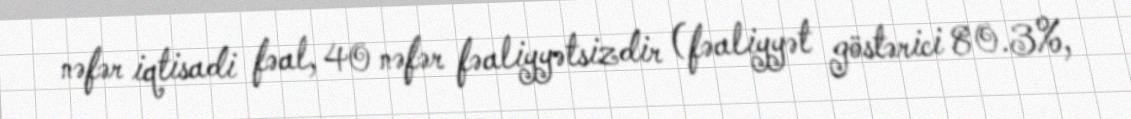
nəfər iqtisadi fəal, 40 nəfər fəaliyyətsizdir (fəaliyyət göstərici 80.3%,